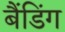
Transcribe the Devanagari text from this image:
बैंडिंग